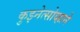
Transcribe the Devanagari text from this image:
कुझ्नेत्सोव्हाने